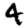
Digit: 4